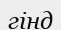
гінд